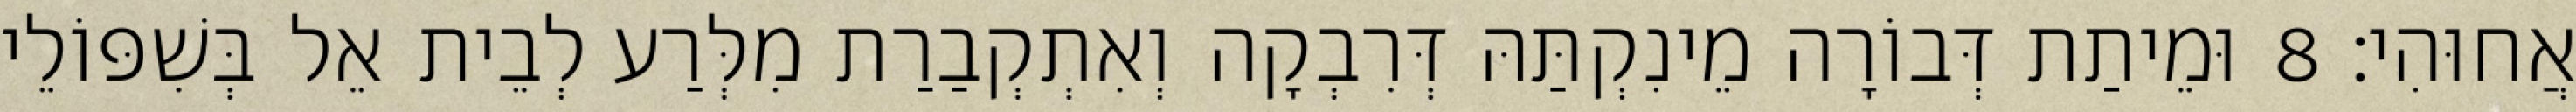
אֲחוּהִי׃ 8 וּמֵיתַת דְּבוֹרָה מֵינִקְתַּהּ דְּרִבְקָה וְאִתְקְבַרַת מִלְּרַע לְבֵית אֵל בְּשִׁפּוֹלֵי